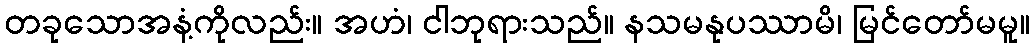
တခုသောအနံ့ကိုလည်း။ အဟံ၊ ငါဘုရားသည်။ နသမနုပဿာမိ၊ မြင်တော်မမူ။